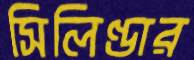
সিলিণ্ডার